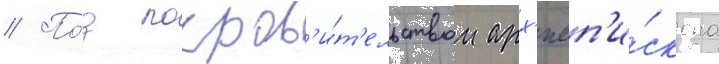
// По́д покров'и́т'ельством арх'иеп'и́скопа